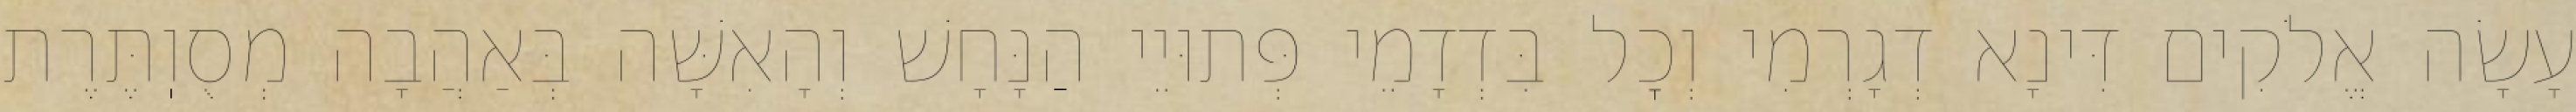
עָשָׂה אֱלֹקִים דִּינָא דְגָרְמִי וְכׇל בִּדְדָמֵי פְּתוּיֵי הַנָּחָשׁ וְהָאִשָּׁה בְּאַהֲבָה מְסֻוֽתֶּרֶת